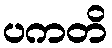
ပကတိ